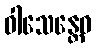
ဝါသေန္တေဝ